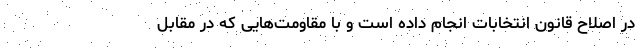
در اصلاح قانون انتخابات انجام داده است و با مقاومت‌هایی که در مقابل